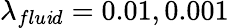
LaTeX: \lambda_{flu\mathit{i}d}=0.01,0.001